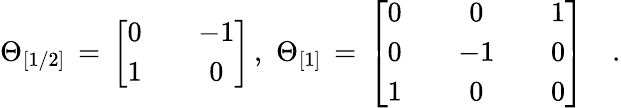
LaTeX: \Theta_{[1/2]}\, =\, \left[\begin{array}{ccc}{{0}}&{{{}}}&{{-1}}\\ {{1}}&{{{}}}&{{0}}\end{array}\right]\, ,\, \, \Theta_{[1]}\, =\, \left[\begin{array}{ccccc}{{0}}&{{{}}}&{{0}}&{{{}}}&{{1}}\\ {{0}}&{{{}}}&{{-1}}&{{{}}}&{{0}}\\ {{1}}&{{{}}}&{{0}}&{{{}}}&{{0}}\end{array}\right]\quad.